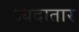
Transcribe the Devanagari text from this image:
ज्यदातार